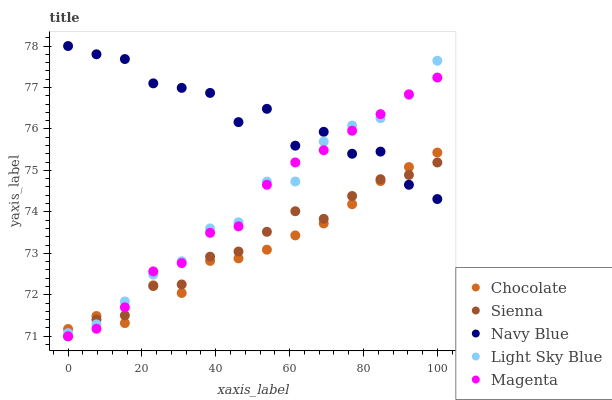
| xaxis_label | Chocolate | Sienna | Navy Blue | Light Sky Blue | Magenta |
 | --- | --- | --- | --- | --- | --- |
 | 0 | 71.2 | 71 | 78 | 71.1 | 71 |
 | 7.69 | 71.5 | 71.4 | 77.8 | 71.3 | 71.2 |
 | 15.4 | 71.3 | 71.5 | 77.7 | 71.8 | 71.7 |
 | 23.1 | 72.2 | 72.2 | 77.1 | 72.5 | 72.6 |
 | 30.8 | 72 | 72.2 | 77 | 72.8 | 72.8 |
 | 38.5 | 72.8 | 72.9 | 76.9 | 73.6 | 73.5 |
 | 46.2 | 72.9 | 73 | 76.2 | 73.7 | 73.7 |
 | 53.8 | 73.1 | 73.5 | 76.5 | 74.7 | 74.7 |
 | 61.5 | 73.4 | 74 | 75.6 | 74.7 | 75.2 |
 | 69.2 | 73.7 | 73.8 | 75.9 | 75.7 | 75.5 |
 | 76.9 | 74.2 | 74.4 | 75.4 | 76.1 | 76 |
 | 84.6 | 74.7 | 74.8 | 75.5 | 76.3 | 76.4 |
 | 92.3 | 75.1 | 74.9 | 74.7 | 76.8 | 76.8 |
 | 100 | 75.4 | 75.2 | 74.3 | 77.6 | 77.2 |